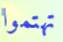
تهتموا